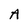
Character: A